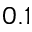
0 . 1